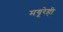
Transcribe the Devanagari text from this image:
मयूरेही